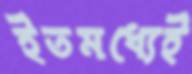
ইতমধ্যেই